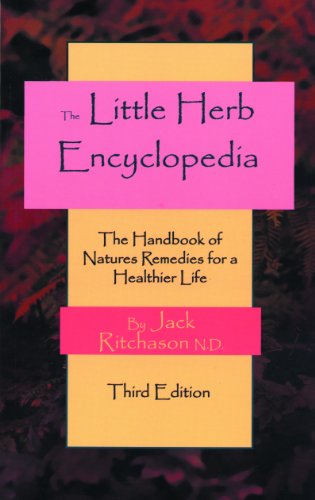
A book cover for Little Herb Encyclopedia: The Handbook of Natures Remedies for a Healthier Life; Jack Ritchason N.D.; Health, Fitness & Dieting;